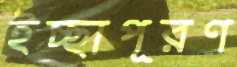
ইচ্ছাপূরণ